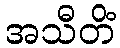
အသီတိံ